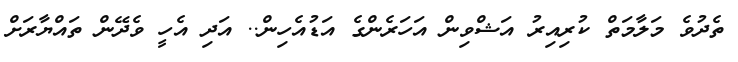
ތެދުވެ މަލާމަތް ކުރިއިރު އަޝްވިން އަހަރެންގެ އަޑުއެހިން.. އަދި އެހީ ވެދޭން ތައްޔާރަށް